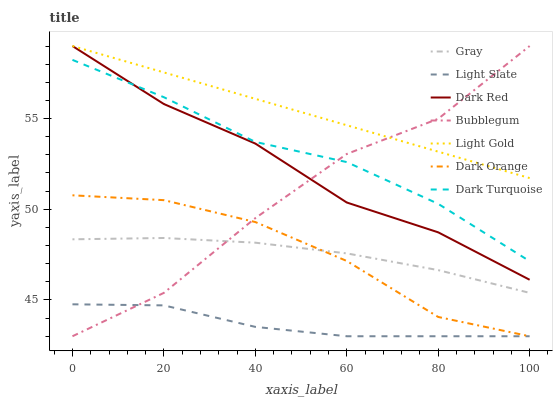
| xaxis_label | Gray | Light Slate | Dark Red | Bubblegum | Light Gold | Dark Orange | Dark Turquoise |
 | --- | --- | --- | --- | --- | --- | --- | --- |
 | 0 | 48.3 | 44.8 | 59 | 43 | 59 | 50.8 | 58.2 |
 | 20 | 48.4 | 44.7 | 55.8 | 45.4 | 57.5 | 50.5 | 56.2 |
 | 40 | 48.2 | 43.5 | 53.6 | 49.5 | 56.1 | 49.3 | 53.7 |
 | 60 | 47.6 | 43 | 50.4 | 53 | 54.6 | 47.1 | 52.6 |
 | 80 | 46.6 | 43 | 48.7 | 55 | 53.2 | 44.1 | 50.3 |
 | 100 | 45.4 | 43 | 46.1 | 59 | 51.7 | 43 | 47.1 |